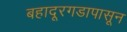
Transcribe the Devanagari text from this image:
बहादूरगडापासून